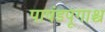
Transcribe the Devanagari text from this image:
पाषंडपूगाश्च